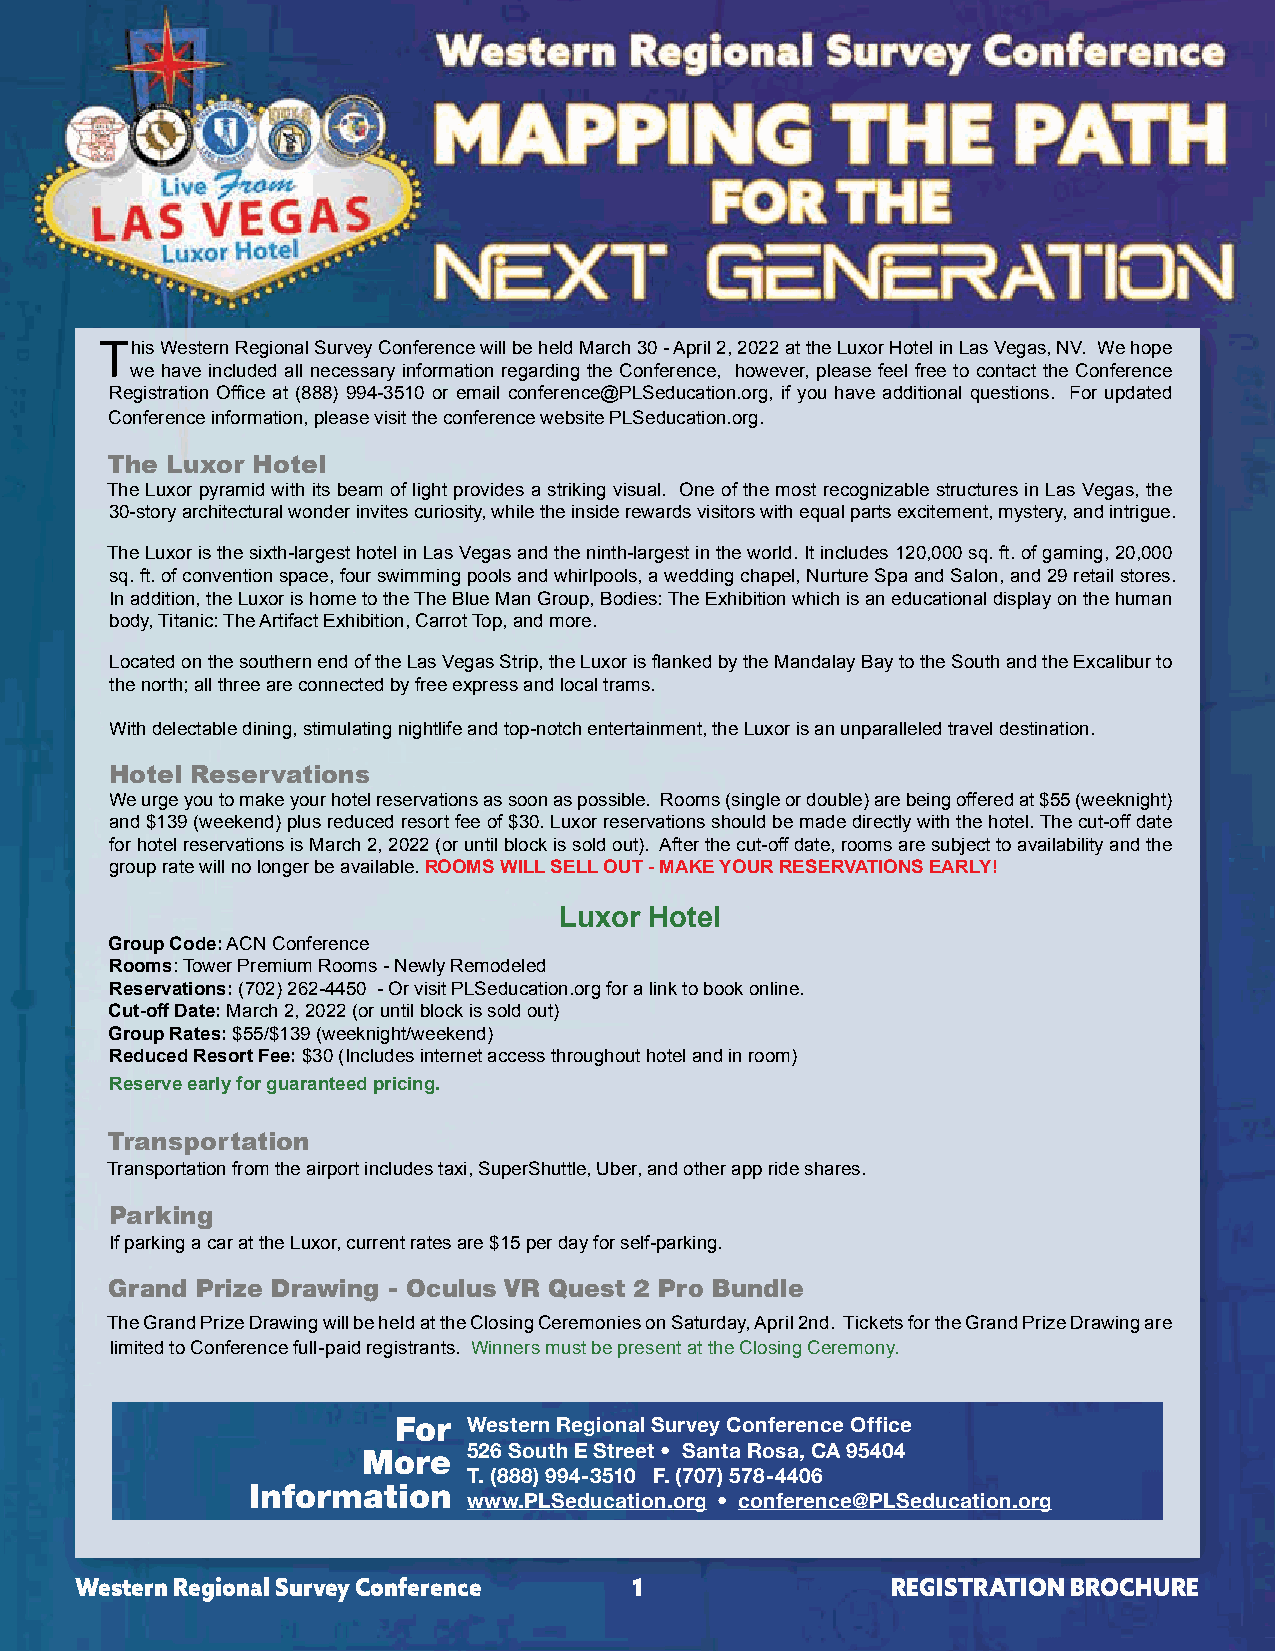
This Western Regional Survey Conference will be held March 30 - April 2, 2022 at the Luxor Hotel in Las Vegas, NV. We hope
 we have included all necessary information regarding the Conference, however, please feel free to contact the Conference
 Registration Office at (888) 994-3510 or email conference@PLSeducation.org, if you have additional questions. For updated
 Conference information, please visit the conference website PLSeducation.org.
 The Luxor Hotel
 The Luxor pyramid with its beam of light provides a striking visual. One of the most recognizable structures in Las Vegas, the
 30-story architectural wonder invites curiosity, while the inside rewards visitors with equal parts excitement, mystery, and intrigue.
 The Luxor is the sixth-largest hotel in Las Vegas and the ninth-largest in the world. It includes 120,000 sq. ft. of gaming, 20,000
 sq. ft. of convention space, four swimming pools and whirlpools, a wedding chapel, Nurture Spa and Salon, and 29 retail stores.
 In addition, the Luxor is home to the The Blue Man Group, Bodies: The Exhibition which is an educational display on the human
 body, Titanic: The Artifact Exhibition, Carrot Top, and more.
 Located on the southern end of the Las Vegas Strip, the Luxor is flanked by the Mandalay Bay to the South and the Excalibur to
 the north; all three are connected by free express and local trams.
 With delectable dining, stimulating nightlife and top-notch entertainment, the Luxor is an unparalleled travel destination.
 Hotel Reservations
 We urge you to make your hotel reservations as soon as possible. Rooms (single or double) are being offered at $55 (weeknight)
 and $139 (weekend) plus reduced resort fee of $30. Luxor reservations should be made directly with the hotel. The cut-off date
 for hotel reservations is March 2, 2022 (or until block is sold out). After the cut-off date, rooms are subject to availability and the
 group rate will no longer be available. ROOMS WILL SELL OUT - MAKE YOUR RESERVATIONS EARLY!
 Luxor Hotel
 Group Code: ACN Conference
 Rooms: Tower Premium Rooms - Newly Remodeled
 Reservations: (702) 262-4450 - Or visit PLSeducation.org for a link to book online.
 Cut-off Date: March 2, 2022 (or until block is sold out)
 Group Rates: $55/$139 (weeknight/weekend)
 Reduced Resort Fee: $30 (Includes internet access throughout hotel and in room)
 Reserve early for guaranteed pricing.
 Transportation
 Transportation from the airport includes taxi, SuperShuttle, Uber, and other app ride shares.
 Parking
 If parking a car at the Luxor, current rates are $15 per day for self-parking.
 Grand Prize Drawing - Oculus VR Quest 2 Pro Bundle
 The Grand Prize Drawing will be held at the Closing Ceremonies on Saturday, April 2nd. Tickets for the Grand Prize Drawing are
 limited to Conference full-paid registrants. Winners must be present at the Closing Ceremony.
 For  Western Regional Survey Conference Office
 526 South E Street • Santa Rosa, CA 95404
 More
 T. (888) 994-3510 F. (707) 578-4406
 Information
 www.PLSeducation.org • conference@PLSeducation.org
 Western Regional Survey Conference   1                REGISTRATION BROCHURE